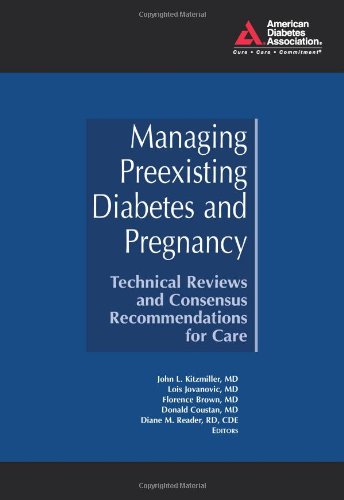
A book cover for Managing Preexisting Diabetes and Pregnancy: Technical Reviews and Consensus Recommendations for Care; Health, Fitness & Dieting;